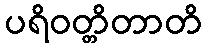
ပရိဝတ္တိတာတိ